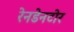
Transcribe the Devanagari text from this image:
रेनडेनटोर